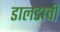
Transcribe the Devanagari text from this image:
डालडाची